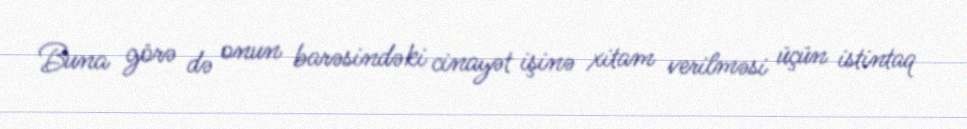
Buna görə də onun barəsindəki cinayət işinə xitam verilməsi üçün istintaq